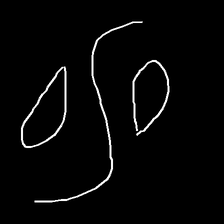
Glyph: water